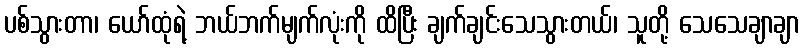
ပစ်သွားတာ၊ ယော်ထုံရဲ့ ဘယ်ဘက်မျက်လုံးကို ထိပြီး ချက်ချင်းသေသွားတယ်၊ သူတို့ သေသေချာချာ